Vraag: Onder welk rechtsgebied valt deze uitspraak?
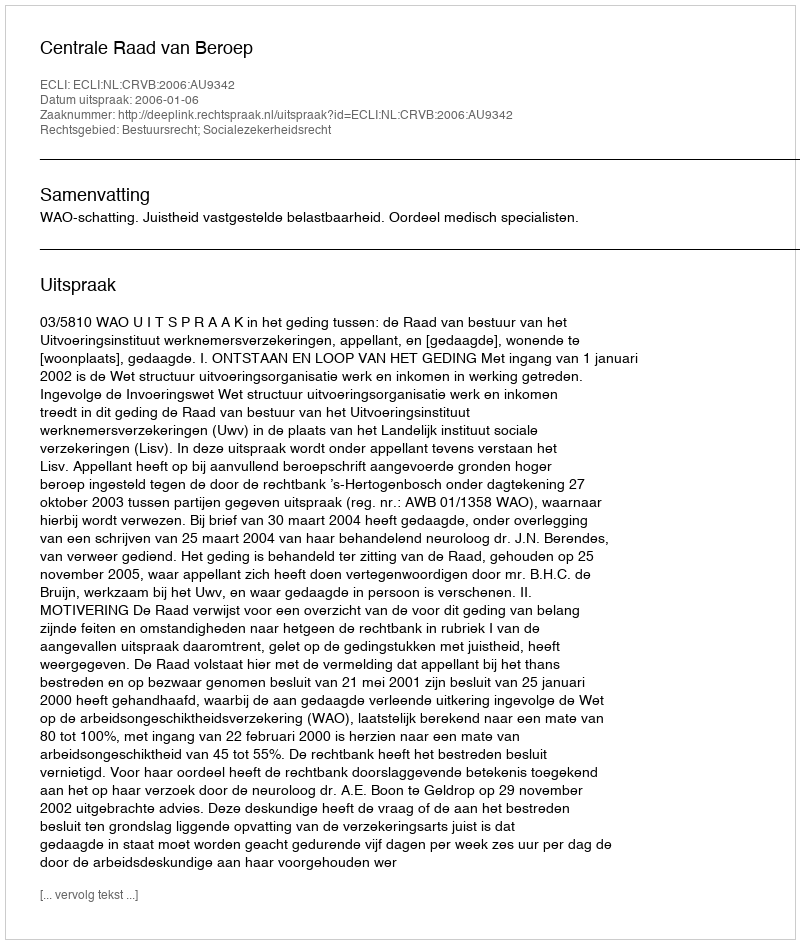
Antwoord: Bestuursrecht; Socialezekerheidsrecht